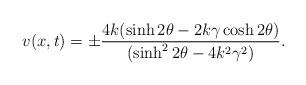
LaTeX: \begin{align*}v(x,t)=\pm \frac{4k(\sinh 2\theta-2k\gamma \cosh 2\theta)} {(\sinh^{2} 2\theta -4k^2 \gamma^{2})}.\end{align*}